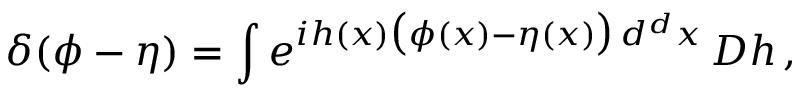
\delta ( \phi - \eta ) = \int e ^ { i h ( x ) { \big ( } \phi ( x ) - \eta ( x ) { \big ) } \, d ^ { d } x } \, D h \, ,